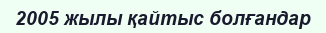
2005 жылы қайтыс болғандар